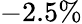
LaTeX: -2.5\%